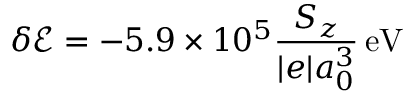
\delta { \ensuremath { \mathcal E } } = - 5 . 9 \times 1 0 ^ { 5 } \frac { S _ { z } } { | e | a _ { 0 } ^ { 3 } } \ensuremath { \, \mathrm { e V } }